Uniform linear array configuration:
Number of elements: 48
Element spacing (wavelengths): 0.75
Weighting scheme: kaiser
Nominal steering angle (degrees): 30
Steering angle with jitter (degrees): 28.681
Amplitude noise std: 0.05
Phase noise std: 0.05

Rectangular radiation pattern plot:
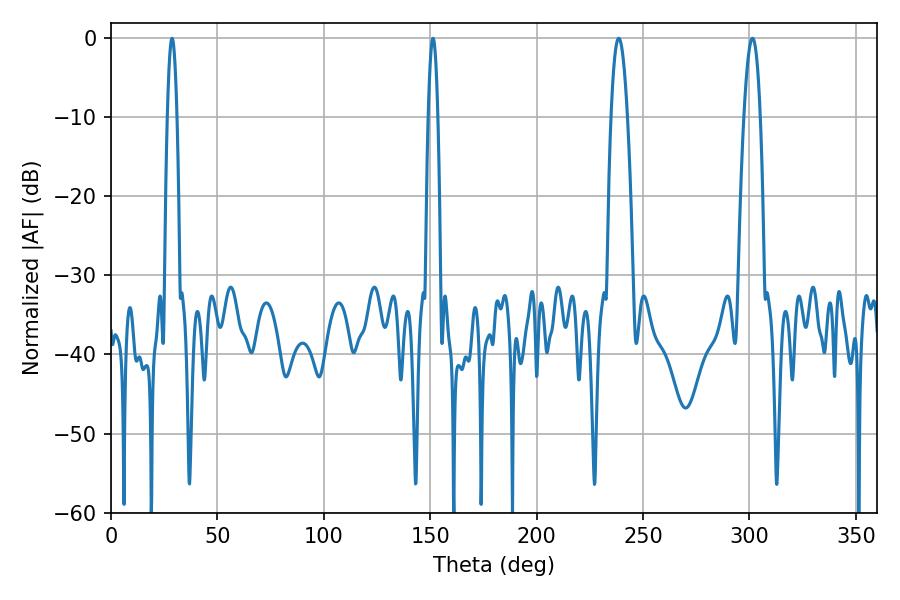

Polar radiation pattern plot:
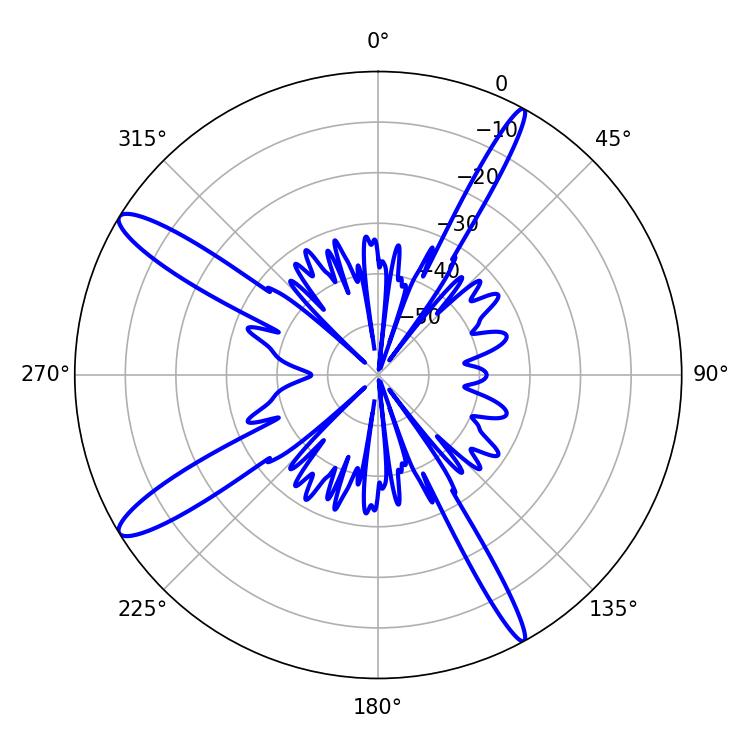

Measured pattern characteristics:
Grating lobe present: TRUE
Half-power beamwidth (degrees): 4.14
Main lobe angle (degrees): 238.5